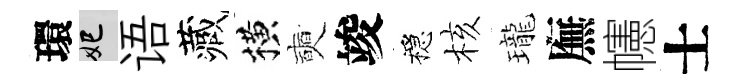
環妃语藏横奭竣穩核瓏廡幰士